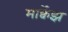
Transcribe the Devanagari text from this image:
मार्क्वेझ